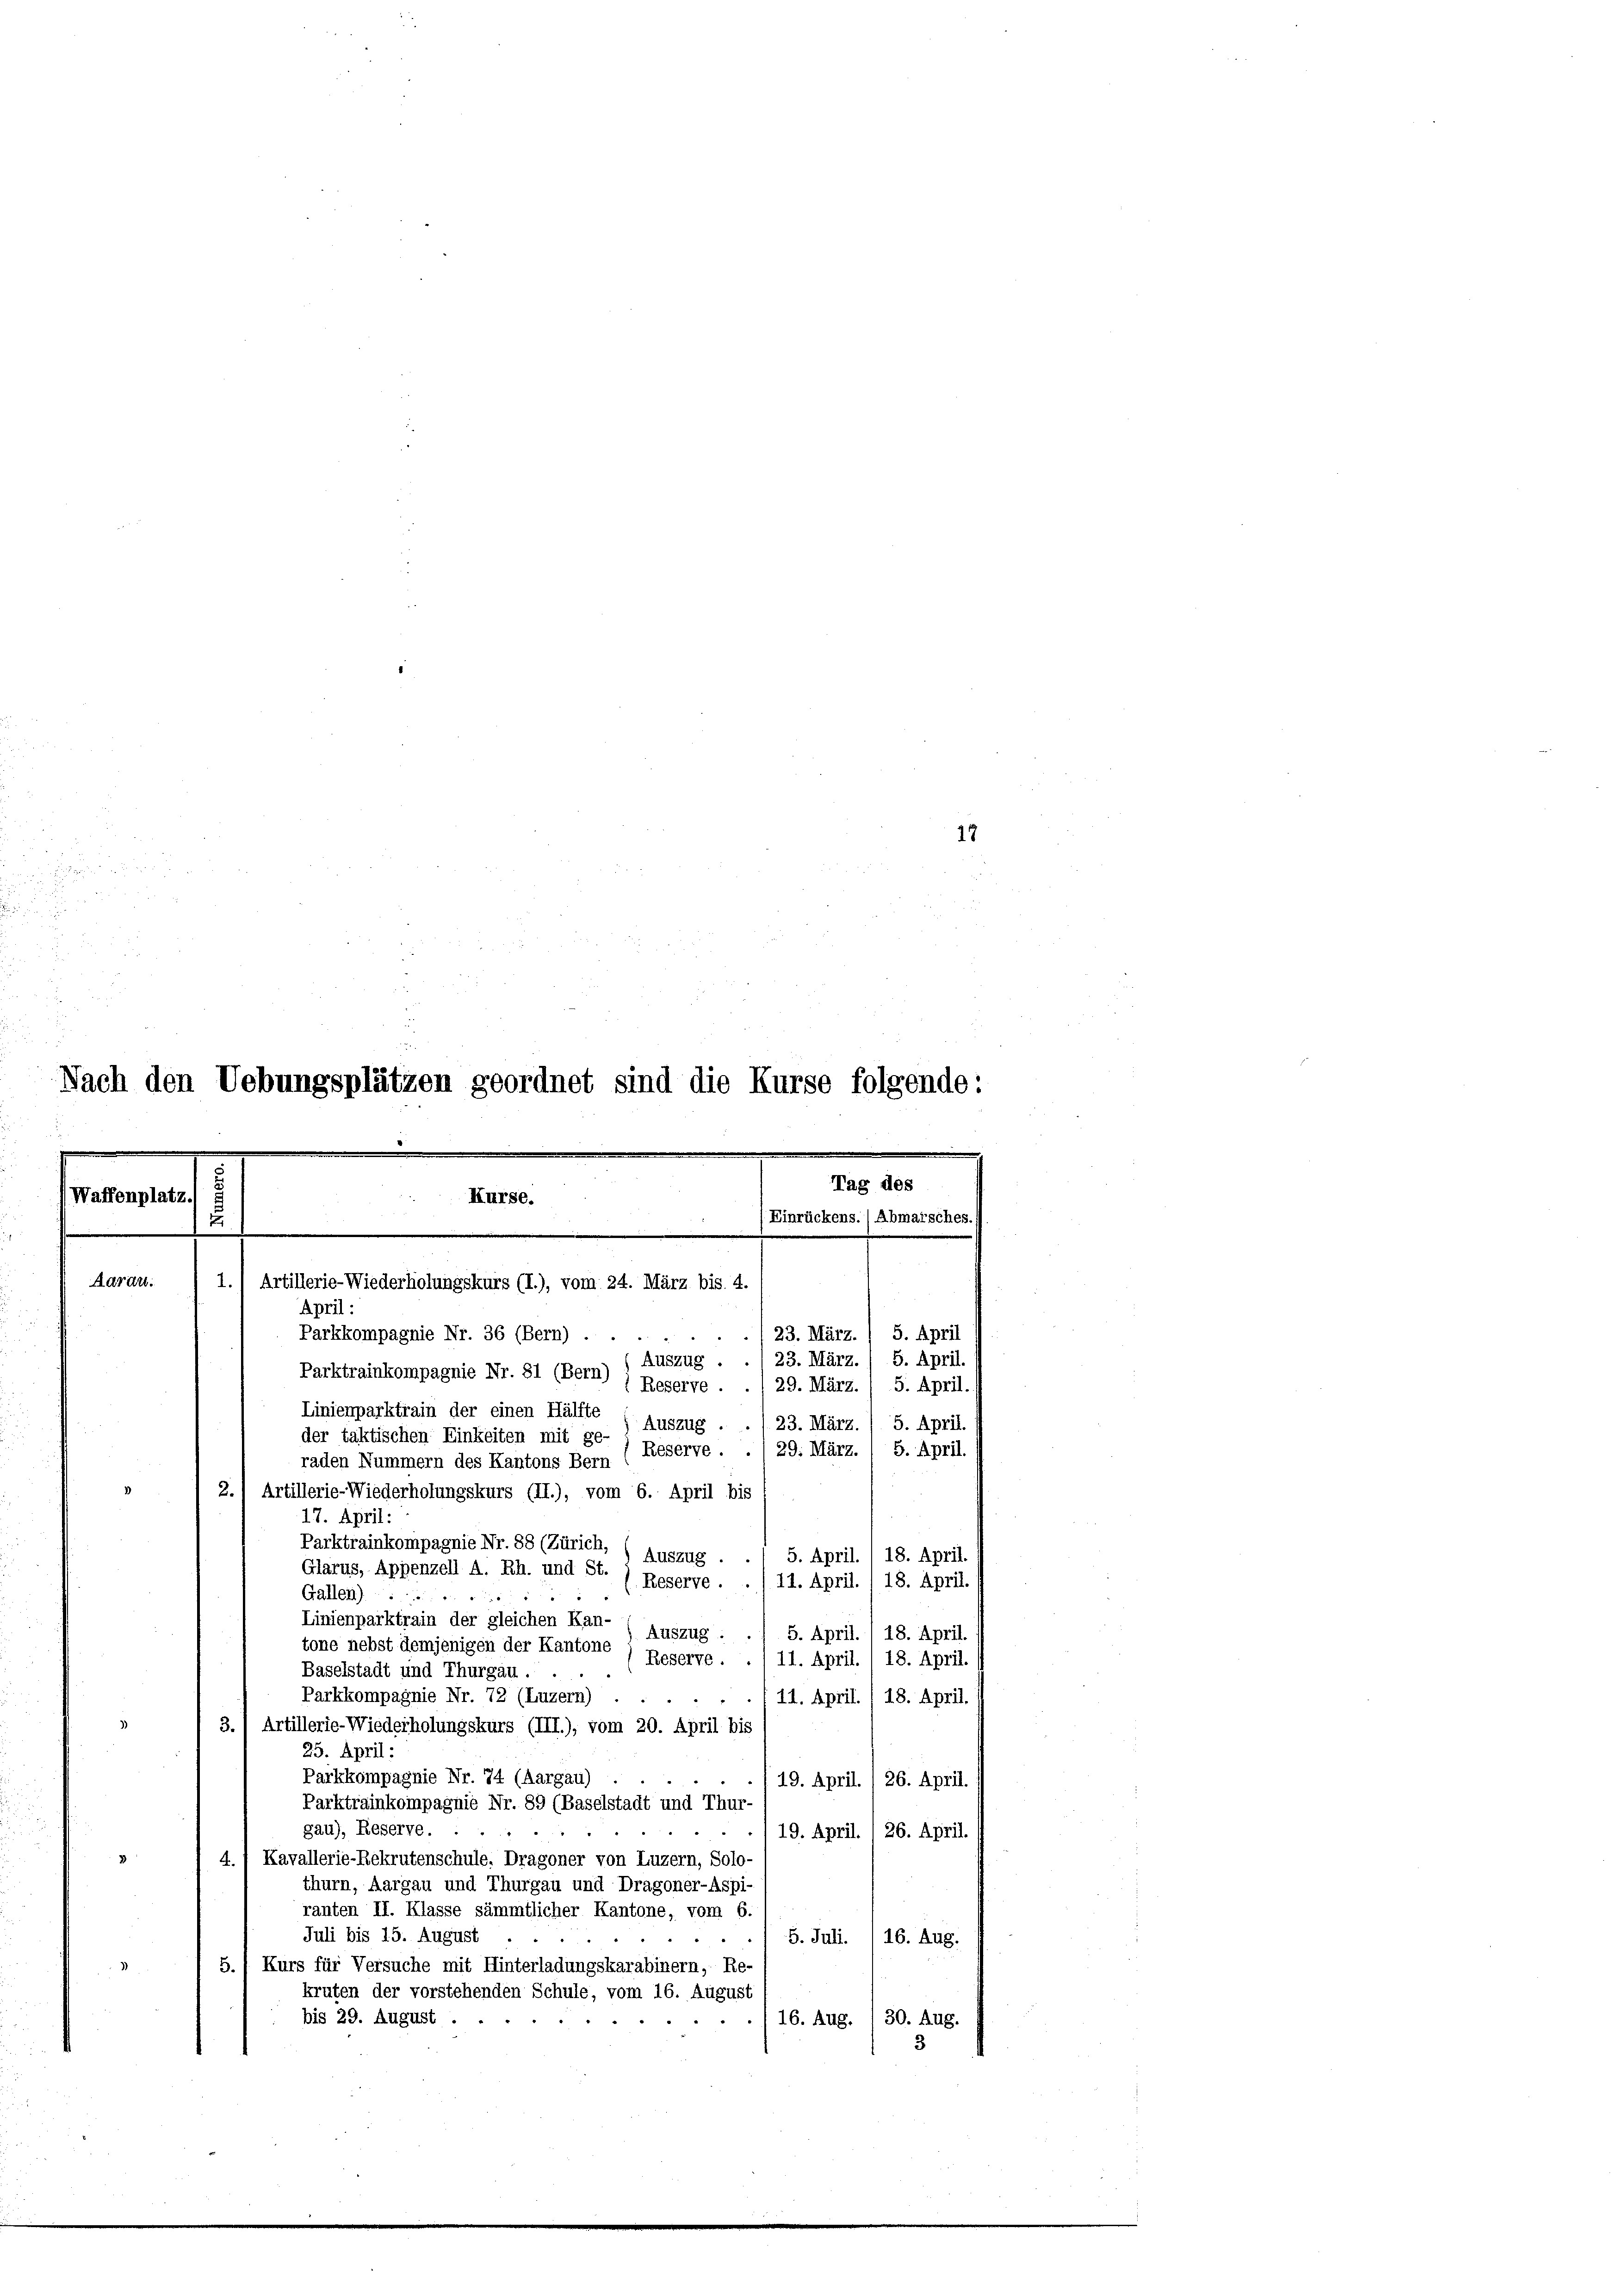
18
.

.
Nach den Uebungsplätzen geordnet sind die Kurse folgende:

Tag des
Waffenplatz
Kurse.

(Einrückens.) Abmarsches. (
E
.
Aarau.
1.1 Artillerie-Wiederholungskurs (I.), vom 24. März bis. 4.

April:
Parkkompagnie Nr. 36 (Bern) . .
Auszug.
Parktrainkompagnie Nr. 81 (Bern)
) Reserve.
29. März. / 5. April.
Linienparktrain der einen Hälfte
5. April.
23. März.
Auszug.
der taktischen Einkeiten mit ge-
Reserve.
29. März. / 5. April.
raden Nummern des Kantons Bern
2.
Artillerie-Wiederholungskurs (II.), vom 6. April bis
17. April:
Parktrainkompagnie Nr. 88 (Zürich, (Auszug .
5. April. 1 18. April.
Glarus, Appenzell A. Rh. und St. ) Reserve-
11. April. 1 18. April.
Gallen)
Linienparktrain der gleichen Kan-
5. April. 1 18. April.
Auszug :
tone nebst demjenigen der Kantone
Reserve . . 111. April. 18. April.
Baselstadt und Thurgau.
Parkkompagnie Nr. 72 (Luzern)
./11. April /18. April. (
3.) Artillerie-Wiederholungskurs (III.), vom 20. April bis
25. April:
Parkkompagnie Nr. 74 (Aargau)
19. April. /26. April. (
Parktrainkompagnie Nr. 89 (Baselstadt und Thur
gau), Reserve.
19. April. 1 26. April.
4. 1 Kavallerie-Rekrutenschule. Dragoner von Luzern, Solo-
thurn, Aargau und Thurgau und Dragoner-Aspiranten II. Klasse sämmtlicher Kantone, vom 6.
Juli bis 15. August .
5. Juli. /16. Aug.
5.) Kurs für Versuche mit Hinterladungskarabinern, Re-
kruten der vorstehenden Schule, vom 16. August
16. Aug. / 30. Aug.
bis 29. August.
5

23. März. / 5. April
23. März. / 5. April.